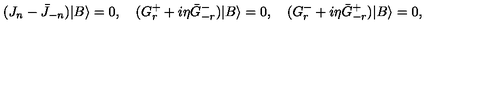
( J _ { n } - \bar { J } _ { - n } ) | B \rangle = 0 , \quad ( G _ { r } ^ { + } + i \eta \bar { G } _ { - r } ^ { - } ) | B \rangle = 0 , \quad ( G _ { r } ^ { - } + i \eta \bar { G } _ { - r } ^ { + } ) | B \rangle = 0 ,